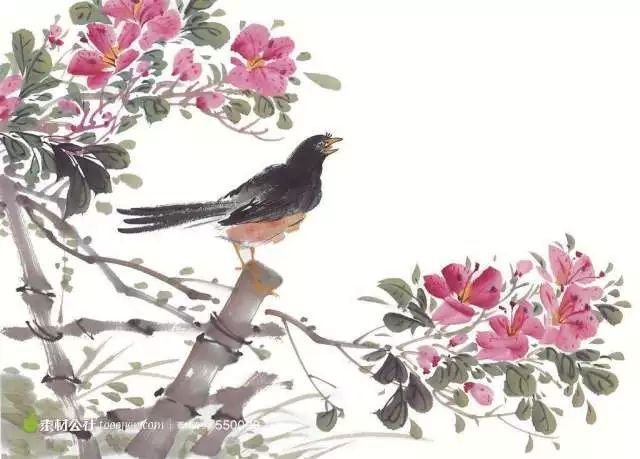
蜀国曾闻子规鸟，宣城还见杜鹃花。